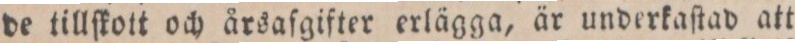
de tillſkott och årsafgifter erlägga, är underkaſtad att